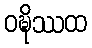
ဝဍ္ဎိဿထ